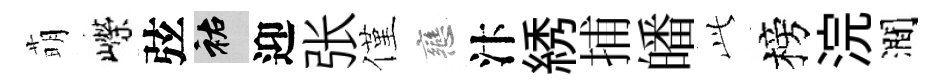
萌嶸弦祐迎张僅戀汴綉捕皤𬼘榜浣澗